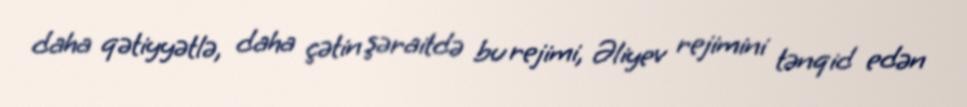
daha qətiyyətlə, daha çətin şəraitdə bu rejimi, Əliyev rejimini tənqid edən